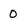
Character: 0